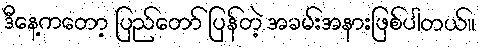
ဒီနေ့ကတော့ ပြည်တော် ပြန်တဲ့ အခမ်းအနားဖြစ်ပါတယ်။